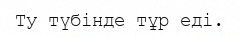
Ту түбінде тұр еді.